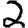
Digit: 2